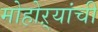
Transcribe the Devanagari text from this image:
मोहोऱ्यांची